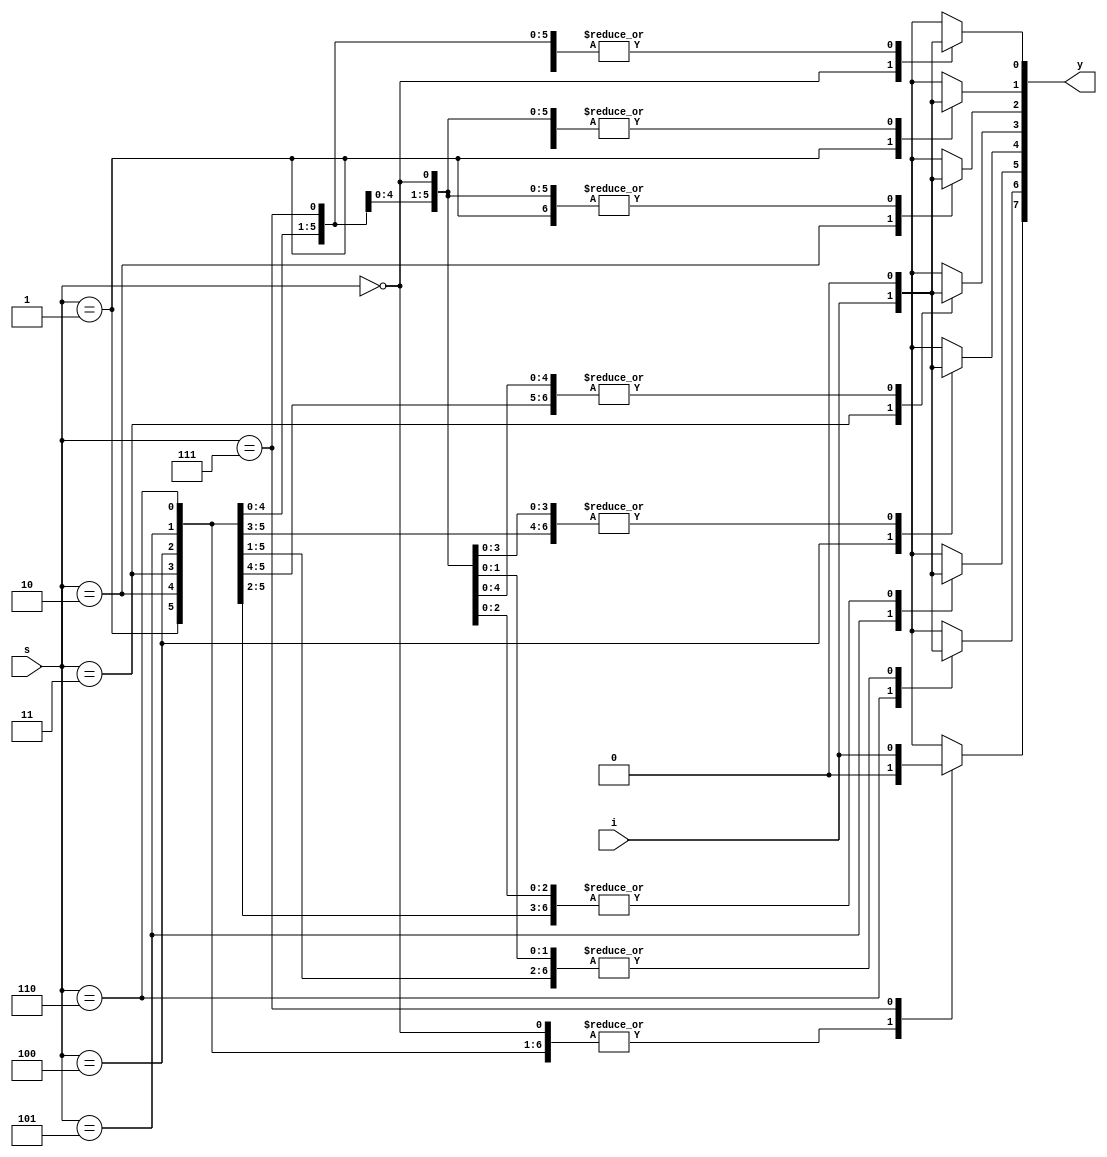
`timescale 1ns / 1ps

module demux_1x8_bh(
    output reg [7:0]y,
    input i,
    input [2:0] s
    );
    always@(*)
    begin
        y=0;
        case(s)
            3'b000: y[0]=i;
            3'b001: y[1]=i;
            3'b010: y[2]=i;
            3'b011: y[3]=i;
            3'b100: y[4]=i;
            3'b101: y[5]=i;
            3'b110: y[6]=i;
            3'b111: y[7]=i;
            default: y[7:0]=8'bx;
        endcase
    end
endmodule